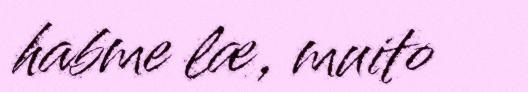
habme læ, muito